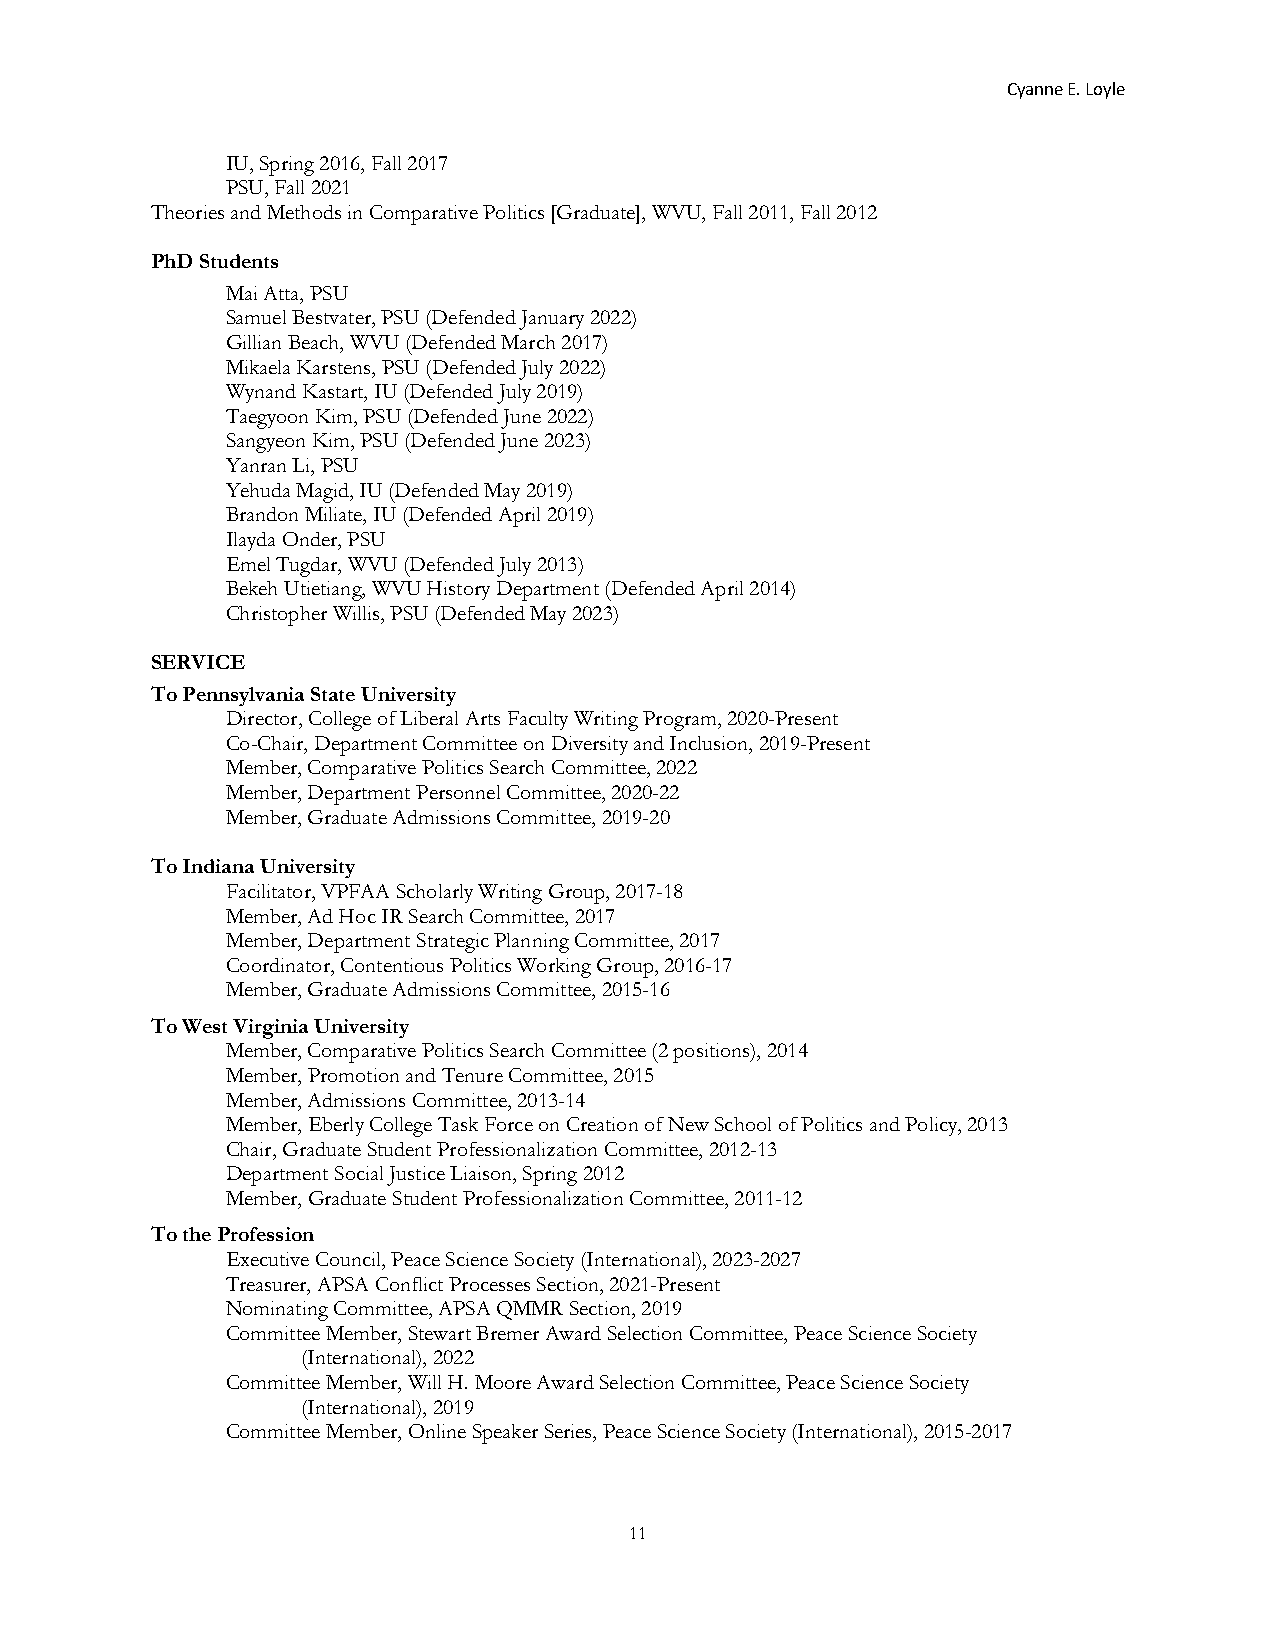
Cyanne E. Loyle
 IU, Spring 2016, Fall 2017
 PSU, Fall 2021
 Theories and Methods in Comparative Politics [Graduate], WVU, Fall 2011, Fall 2012
 PhD Students
 Mai Atta, PSU
 Samuel Bestvater, PSU (Defended January 2022)
 Gillian Beach, WVU (Defended March 2017)
 Mikaela Karstens, PSU (Defended July 2022)
 Wynand Kastart, IU (Defended July 2019)
 Taegyoon Kim, PSU (Defended June 2022)
 Sangyeon Kim, PSU (Defended June 2023)
 Yanran Li, PSU
 Yehuda Magid, IU (Defended May 2019)
 Brandon Miliate, IU (Defended April 2019)
 Ilayda Onder, PSU
 Emel Tugdar, WVU (Defended July 2013)
 Bekeh Utietiang, WVU History Department (Defended April 2014)
 Christopher Willis, PSU (Defended May 2023)
 SERVICE
 To Pennsylvania State University
 Director, College of Liberal Arts Faculty Writing Program, 2020-Present
 Co-Chair, Department Committee on Diversity and Inclusion, 2019-Present
 Member, Comparative Politics Search Committee, 2022
 Member, Department Personnel Committee, 2020-22
 Member, Graduate Admissions Committee, 2019-20
 To Indiana University
 Facilitator, VPFAA Scholarly Writing Group, 2017-18
 Member, Ad Hoc IR Search Committee, 2017
 Member, Department Strategic Planning Committee, 2017
 Coordinator, Contentious Politics Working Group, 2016-17
 Member, Graduate Admissions Committee, 2015-16
 To West Virginia University
 Member, Comparative Politics Search Committee (2 positions), 2014
 Member, Promotion and Tenure Committee, 2015
 Member, Admissions Committee, 2013-14
 Member, Eberly College Task Force on Creation of New School of Politics and Policy, 2013
 Chair, Graduate Student Professionalization Committee, 2012-13
 Department Social Justice Liaison, Spring 2012
 Member, Graduate Student Professionalization Committee, 2011-12
 To the Profession
 Executive Council, Peace Science Society (International), 2023-2027
 Treasurer, APSA Conflict Processes Section, 2021-Present
 Nominating Committee, APSA QMMR Section, 2019
 Committee Member, Stewart Bremer Award Selection Committee, Peace Science Society
 (International), 2022
 Committee Member, Will H. Moore Award Selection Committee, Peace Science Society
 (International), 2019
 Committee Member, Online Speaker Series, Peace Science Society (International), 2015-2017
 11